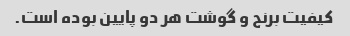
کیفیت برنج و گوشت هر دو پایین بوده است.